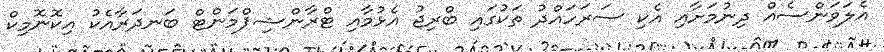
އެލަވަންސެއް ދިނުމަށާއި އެކި ސަރަހައްދު ތަކުގައި ބްރިޖު އެޅުމާއި ޓްރާންޝިޕްމަންޓް ބަނދަރާއެކު އިކޮނޮމިކް